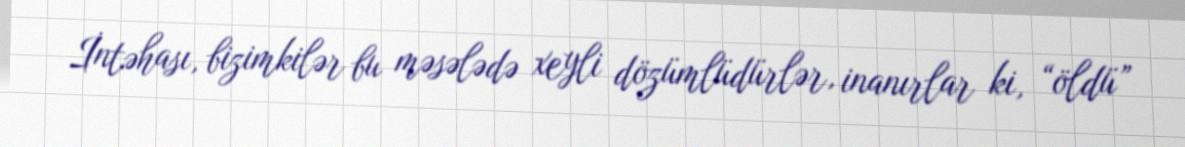
İntəhası, bizimkilər bu məsələdə xeyli dözümlüdürlər, inanırlar ki, “öldü”